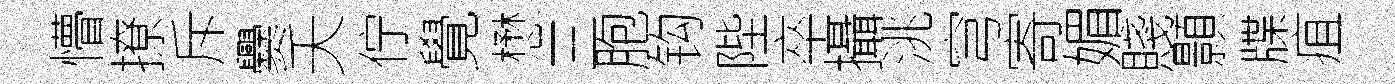
懵撩斥爨夭佇覺懋三胞钩陛卒攝洮穹寄媚賤顥牒疽